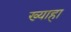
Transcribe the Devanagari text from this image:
ख्याहा